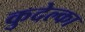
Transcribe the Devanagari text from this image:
कुदेल्का